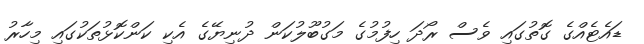
ޑައެޓެއްގެ ގޮތުގައި ވެސް ރޯދަ ހިފުމުގެ މަގުބޫލުކަން ދުނިޔޭގެ އެކި ކަންކޮޅުތަކުގައި މިހާރު